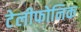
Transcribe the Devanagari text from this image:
टेलीफोनिक